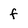
Character: f